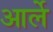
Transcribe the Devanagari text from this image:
आर्ले